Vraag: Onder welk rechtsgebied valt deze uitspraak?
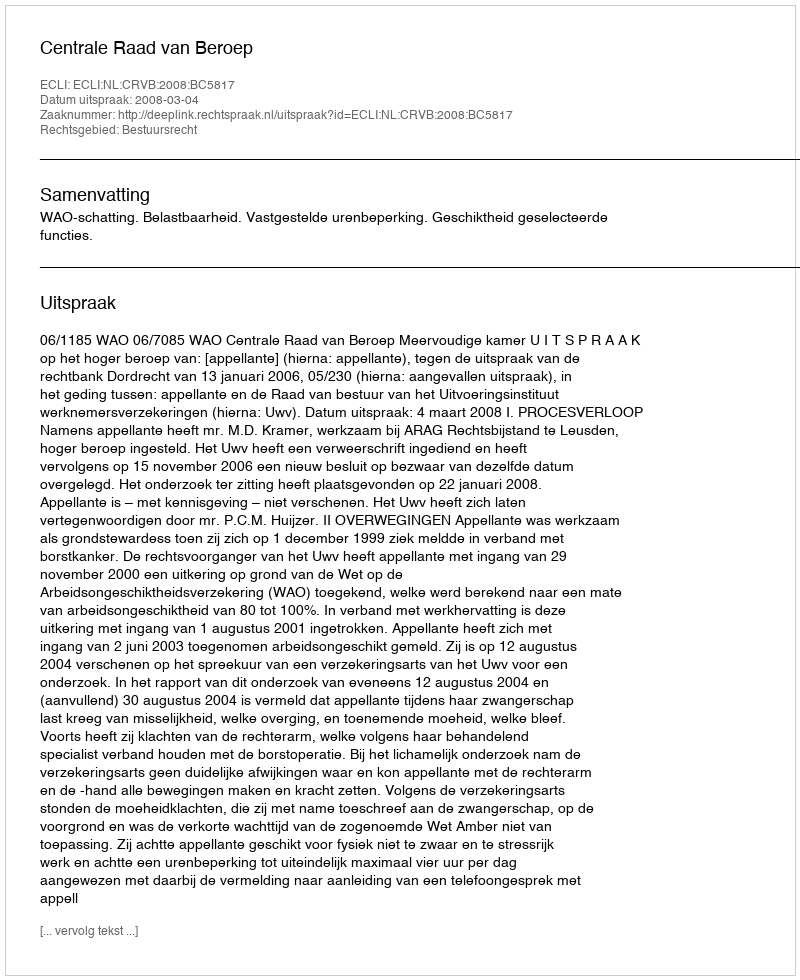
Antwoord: Bestuursrecht